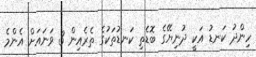
ހިންދު ކަނޑު އަކީ ދުނިޔޭގެ ބޮޑެތި ކަނޑުތަކުގެ ތެރެއިން 3 ވަނައަށް އެންމެ